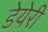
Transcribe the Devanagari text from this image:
डेयेरी